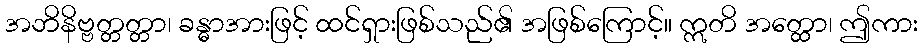
အဘိနိဗ္ဗတ္တတ္တာ၊ ခန္ဓာအားဖြင့် ထင်ရှားဖြစ်သည်၏ အဖြစ်ကြောင့်။ ဣတိ အတ္ထော၊ ဤကား